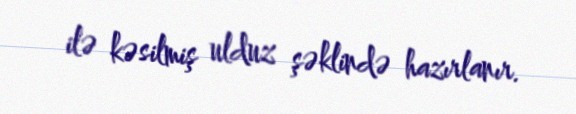
ilə kəsilmiş ulduz şəklində hazırlanır.